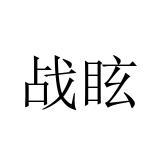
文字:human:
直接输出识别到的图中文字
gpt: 战眩